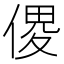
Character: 𠋻